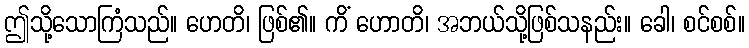
ဤသို့သောကြံသည်။ ဟေတိ၊ ဖြစ်၏။ ကိံ ဟောတိ၊ အဘယ်သို့ဖြစ်သနည်း။ ခေါ၊ စင်စစ်။